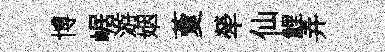
博崌游姻藑犖仙鯉弄